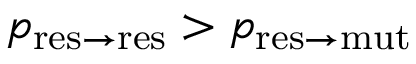
p _ { \mathrm { r e s \to r e s } } > p _ { \mathrm { r e s \to m u t } }